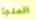
الملجأ